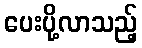
ပေးပို့လာသည့်